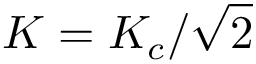
K = K _ { c } / \sqrt { 2 }